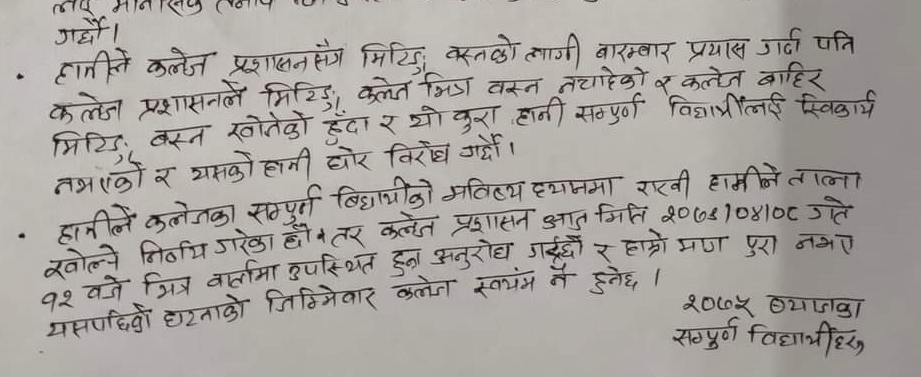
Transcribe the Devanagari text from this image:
हामीले कलेज प्रशासनसँग मिटिङ बस्नको लागी बारम्बार प्रयास गर्दा पनि
कलेज प्रशासनले मिटिङ कलेज भित्र बस्न नचाहेको र कलेज बाहिर
मिटिङ बस्न खोजेको हुँदा र यो कुरा हामी सम्पूर्ण विद्यार्थीलाई स्वीकार्य
नभएको र यसको हामी घोर विरोध गर्दछौं ।
हामीले कलेजका सम्पूर्ण विद्यार्थीको भवितव्य ध्यानमा राखी हामीले ताला
खोल्ने निर्णय गरेका हौँ तर कलेज प्रशासन आजु मिति २०७४।०४।०८ गते
१२ बजे भित्र वार्तामा उपस्थित हुन अनुरोध गर्दछाैं र हाम्रो माग पुरा नभए
यसपछिको घटनाको जिम्मेवार कलेज स्वयम् नै हुनेछ ।

२०७५ ब्याजका
सम्पूर्ण विद्यार्थीहरु